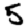
Digit: 5